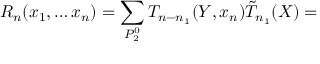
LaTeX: R _ { n } ( x _ { 1 } , \ldots x _ { n } ) = \sum _ { P _ { 2 } ^ { 0 } } T _ { n - n _ { 1 } } ( Y , x _ { n } ) \tilde { T } _ { n _ { 1 } } ( X ) =